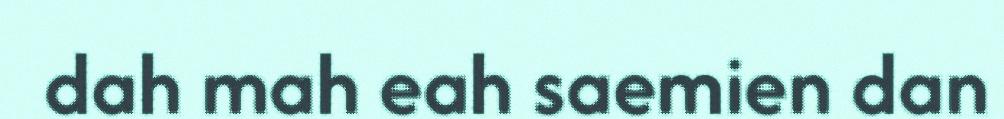
dah mah eah saemien dan